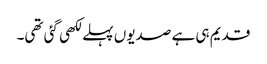
قدیم ہی ہے صدیوں پہلے لکھی گئی تھی۔